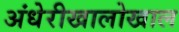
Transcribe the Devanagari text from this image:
अंधेरीखालोखाल